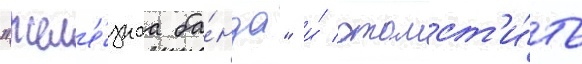
"жел'е́знаа ба́нда" и́ отомст'и́ть